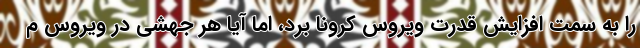
را به سمت افزایش قدرت ویروس کرونا برد، اما آیا هر جهشی در ویروس م